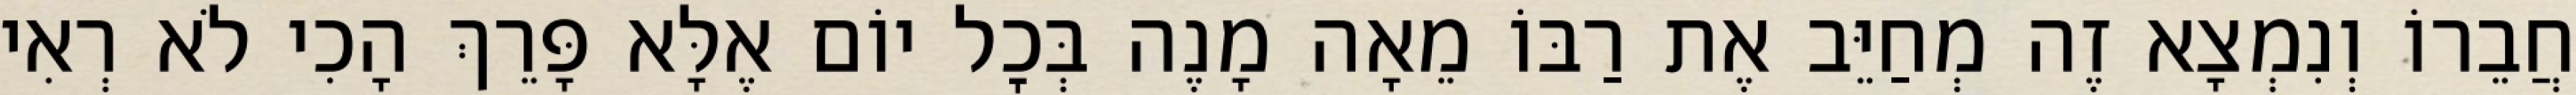
חֲבֵרוֹ וְנִמְצָא זֶה מְחַיֵּב אֶת רַבּוֹ מֵאָה מָנֶה בְּכׇל יוֹם אֶלָּא פָּרֵךְ הָכִי לֹא רְאִי